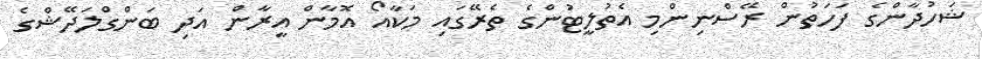
ޝަހުދާންގެ ފަހަތުން ރޭސްނިންމި އެތުލީޓުންގެ ތެރޭގައި މަކާއޯ އޮމާން އީރާން އަދި ބަންގްލަދޭޝްގެ